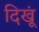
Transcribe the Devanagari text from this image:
दिखूं